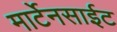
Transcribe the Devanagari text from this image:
मार्टेनसाईट